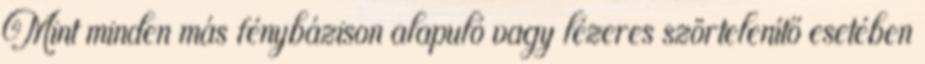
Mint minden más fénybázison alapuló vagy lézeres szörtelenítő esetében